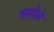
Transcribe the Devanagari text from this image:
स्‍लोने